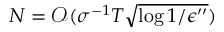
N = \mathcal { O } ( \sigma ^ { - 1 } T \sqrt { \log { 1 / \epsilon ^ { \prime \prime } } } )